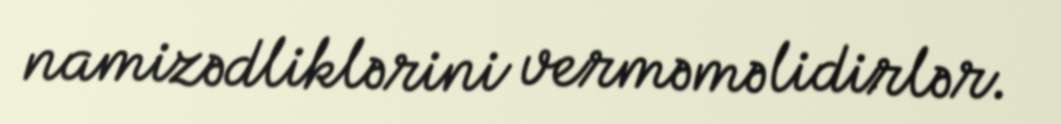
namizədliklərini verməməlidirlər.